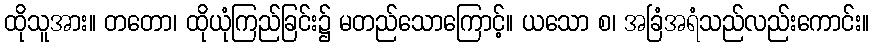
ထိုသူအား။ တတော၊ ထိုယုံကြည်ခြင်း၌ မတည်သောကြောင့်။ ယသော စ၊ အခြံအရံသည်လည်းကောင်း။